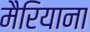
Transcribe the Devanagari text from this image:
मैरियाना